Annual report on the Civil Veterinary Department, Burma (including the Insein Veterinary School) - 1923-1931
Year: 1923
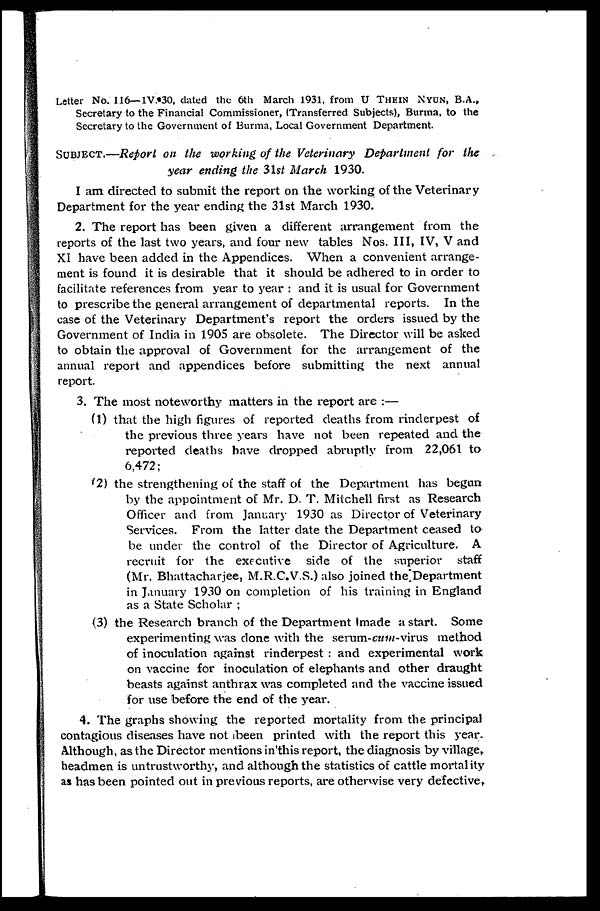
Letter No. 116—1V.*30, dated the 6th March 1931, from U Thein Nydn, B.A.,
Secretary to the Financial Commissioner, (Transferred Subjects), Burma, to the
Secretary to the Government of Burma, Local Government Department.
SUBJECT.—Report on the working of the Veterinary Department for the
year ending the 31st March 1930.
I am directed to submit the report on the working of the Veterinary
Department for the year ending the 31st March 1930.
2. The report has been given a different arrangement from the
reports of the last two years, and four new tables Nos. III, IV, V and
XI have been added in the Appendices. When a convenient arrange-
ment is found it is desirable that it should be adhered to in order to
facilitate references from year to year : and it is usual for Government
to prescribe the general arrangement of departmental reports. In the
case of the Veterinary Department's report the orders issued by the
Government of India in 1905 are obsolete. The Director will be asked
to obtain the approval of Government for the arrangement of the
annual report and appendices before submitting the next annual
report.
3. The most noteworthy matters in the report are :—
(1) that the high figures of reported deaths from rinderpest of
the previous three years have not been repeated and the
reported deaths have dropped abruptly from 22,061 to
6,472;
(2) the strengthening of the staff of the Department has began
by the appointment of Mr. D. T. Mitchell first as Research
Officer and from January 1930 as Director of Veterinary
Services. From the latter date the Department ceased to
be under the control of the Director of Agriculture. A
recruit for the executive side of the superior staff
(Mr. Bhattacharjee, M.R.C.V.S.) also joined the Department
in January 1930 on completion of his training in England
as a State Scholar ;
(3) the Research branch of the Department made a start. Some
experimenting was done with the serum-cum-virus method
of inoculation against rinderpest : and experimental work
on vaccine for inoculation of elephants and other draught
beasts against anthrax was completed and the vaccine issued
for use before the end of the year.
4. The graphs showing the reported mortality from the principal
contagious diseases have not been printed with the report this year.
Although, as the Director mentions in this report, the diagnosis by village,
headmen is untrustworthy, and although the statistics of cattle mortality
as has been pointed out in previous reports, are otherwise very defective,